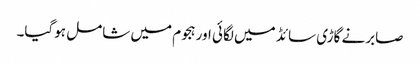
صابرنے گاڑی سائڈ میں لگائی اور ہجوم میں شامل ہوگیا۔